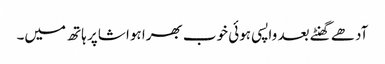
آدھے گھنٹے بعد واپسی ہوئی خوب بھرا ہوا شاپر ہاتھ میں۔